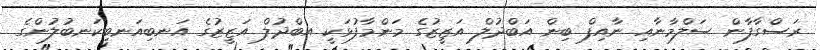
ރަސްގާފާން ސަލްމާނާއި ނާއިފް ބިން އަބްދުލް އަޒީޒުގެ މަންމާފުޅަކީ އބްދުލް އަޒީޒުގެ އަނބިއަނބިކަނބުލުންގެ